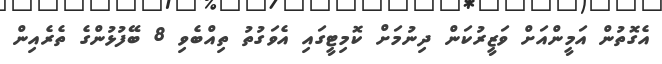
އެގޮތުން އަމީންއަށް ވަޒީރުކަން ދިނުމަށް ކޮމިޓީގައި އެވަގުތު ތިއްބެވި 8 ބޭފުޅުންގެ ތެރެއިން